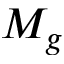
M _ { g }